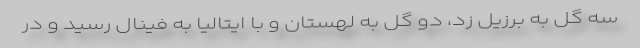
سه گل به برزیل زد، دو گل به لهستان و با ایتالیا به فینال رسید و در